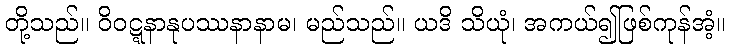
တို့သည်။ ဝိဝဋ္ဋနာနုပဿနာနာမ၊ မည်သည်။ ယဒိ သိယုံ၊ အကယ်၍ဖြစ်ကုန်အံ့။